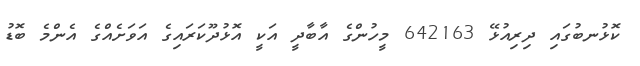
ކޮޅުނބުގައި ދިރިއުޅޭ 642163 މީހުންގެ އާބާދީ އަކީ އޮޅުދޫކަރައިގެ އަވަށެއްގެ އެންމެ ބޮޑު